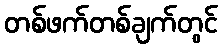
တစ်ဖက်တစ်ချက်တွင်